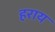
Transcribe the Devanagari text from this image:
हराय